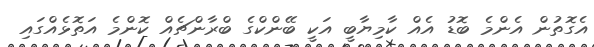
އެގޮތުން އެންމެ ބޮޑު އެއް ކާމިޔާބީ އަކީ ބޭންކްގެ ބްރާންޗެއް ކޮންމެ އަތޮޅެއްގައި